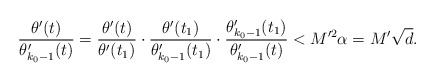
\begin{align*} \frac{\theta'(t)}{\theta_{k_0-1}'(t)}=\frac{\theta'(t)}{\theta'(t_1)}\cdot \frac{\theta'(t_1)}{\theta_{k_0-1}'(t_1)} \cdot \frac{\theta_{k_0-1}'(t_1)}{\theta_{k_0-1}'(t)}< M'^2\alpha=M'\sqrt{d}. \end{align*}